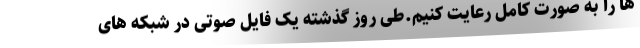
ها را به صورت کامل رعایت کنیم.طی روز گذشته یک فایل صوتی در شبکه های